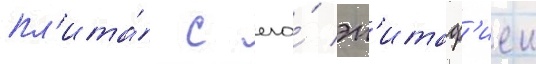
пл'ита́ с его́ эп'итаф'иеи